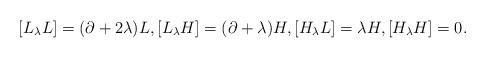
LaTeX: \begin{align*}[L_\lambda L]= (\partial+ 2\lambda)L, [L_\lambda H]= (\partial+ \lambda)H, [H_\lambda L]= \lambda H, [H_\lambda H]=0.\end{align*}